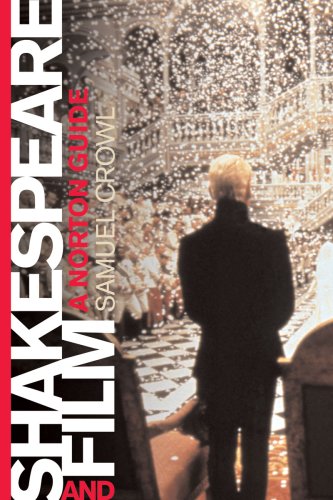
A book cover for Shakespeare and Film: A Norton Guide; Samuel Crowl; Humor & Entertainment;